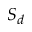
S _ { d }